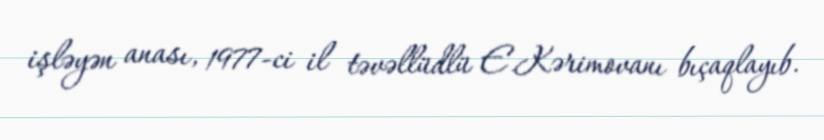
işləyən anası, 1977-ci il təvəllüdlü E.Kərimovanı bıçaqlayıb.